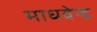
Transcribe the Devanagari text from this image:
माधवेन्द्र